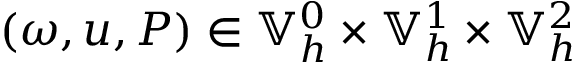
( \omega , u , P ) \in \mathbb { V } _ { h } ^ { 0 } \times \mathbb { V } _ { h } ^ { 1 } \times \mathbb { V } _ { h } ^ { 2 }